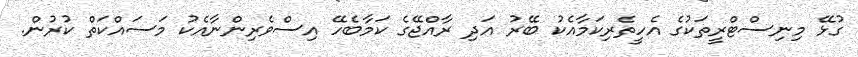
ގުޅޭ މިނިސްޓްރީތަކުގެ އެހީތެރިކަމާއެކު ބޭރު އަދި ރާއްޖޭގެ ކަމާބެހޭ އިސްވެރިންނާއެކު މަސައްކަތް ކުރުން.